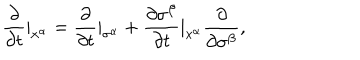
LaTeX: \frac { \partial } { \partial t } | _ { x ^ { \alpha } } = \frac { \partial } { \partial t } | _ { \sigma ^ { \alpha } } + \frac { \partial \sigma ^ { \beta } } { \partial t } | _ { x ^ { \alpha } } \frac { \partial } { \partial \sigma ^ { \beta } } ,